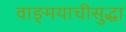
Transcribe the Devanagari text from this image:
वाङ्मयाचीसुद्धा